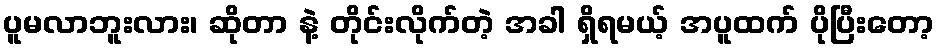
ပူမလာဘူးလား၊ ဆိုတာ နဲ့ တိုင်းလိုက်တဲ့ အခါ ရှိရမယ့် အပူထက် ပိုပြီးတော့